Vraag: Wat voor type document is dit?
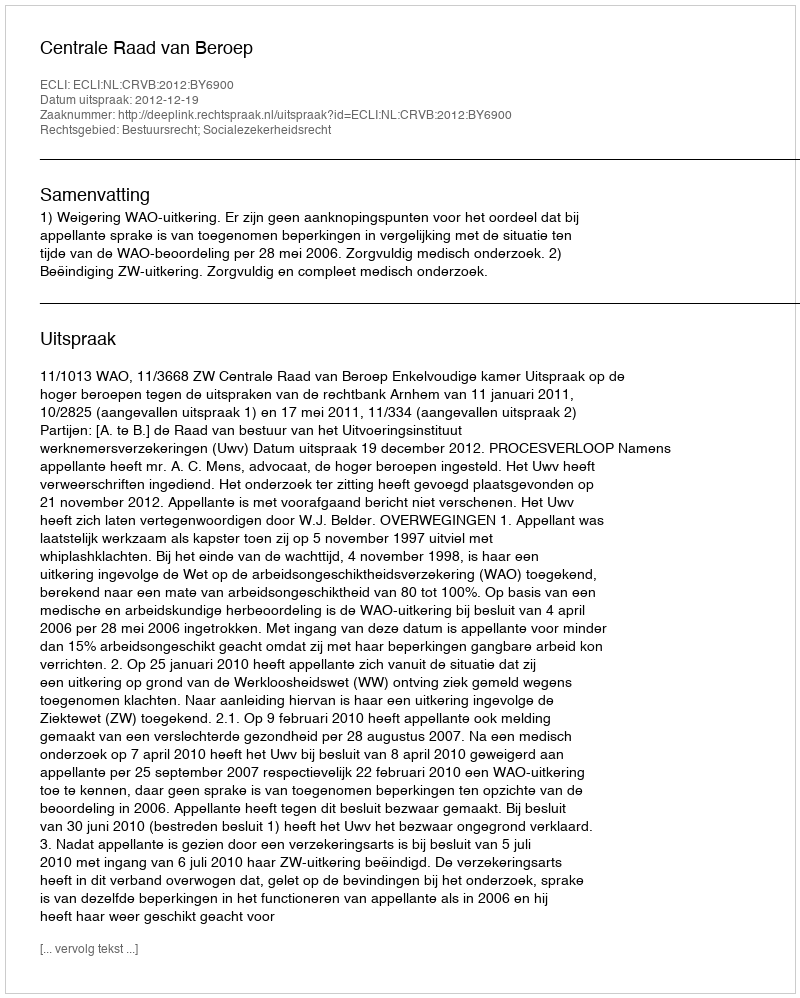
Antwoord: Uitspraak